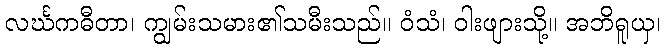
လင်္ဃကဓီတာ၊ ကျွမ်းသမား၏သမီးသည်။ ဝံသံ၊ ဝါးဖျားသို့။ အဘိရူယှ၊